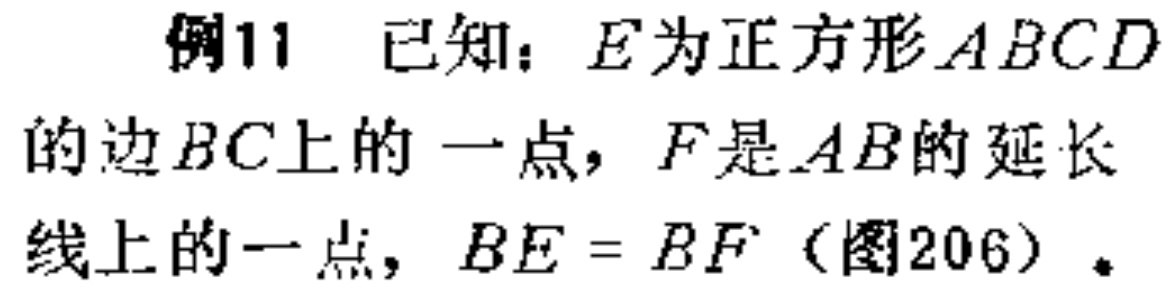
例11 已知：\(E\)为正方形\(ABCD\)的边\(BC\)上的一点，\(F\)是\(AB\)的延长线上的一点，\(BE = BF\)（图206）。